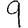
Digit: 9